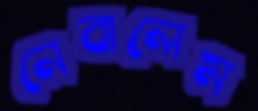
নেবালেম